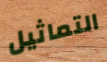
التماثيل